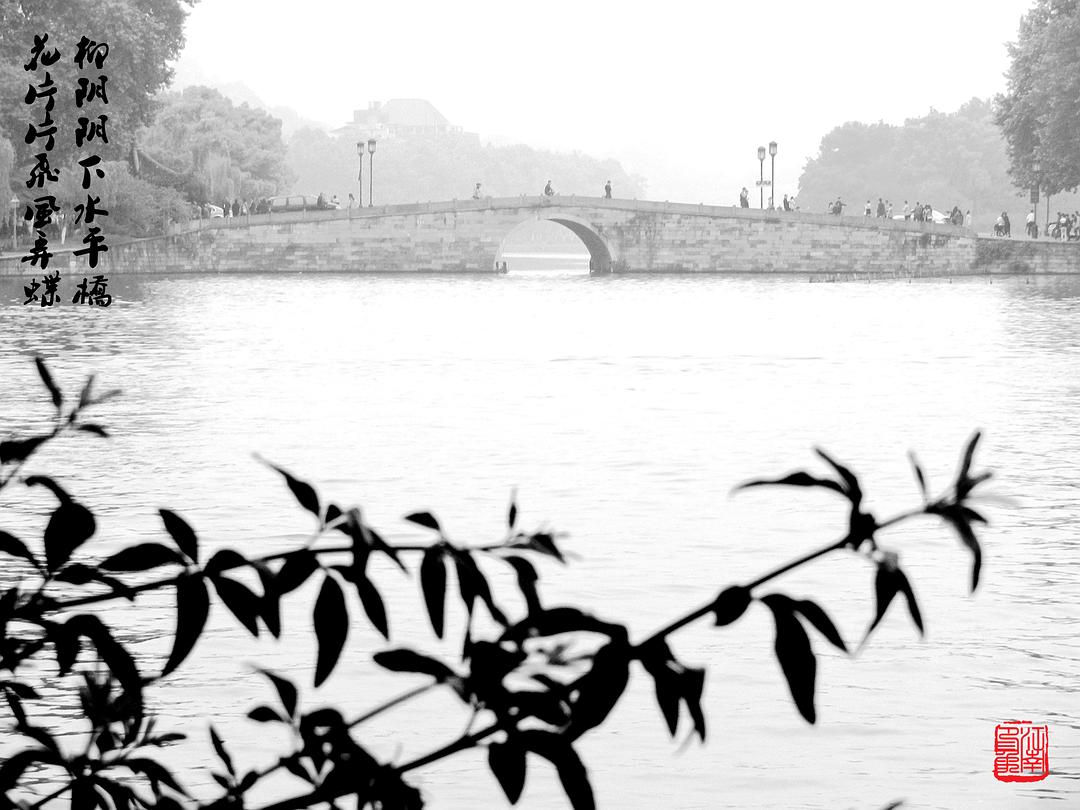
花片片飞风弄蝶，柳阴阴下水平桥。